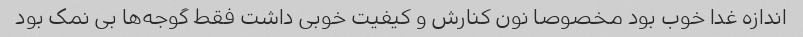
اندازه غدا خوب بود مخصوصا نون کنارش و کیفیت خوبی داشت فقط گوجه‌ها بی نمک بود